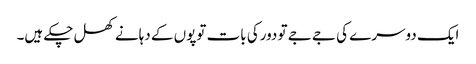
ایک دوسرے کی جے جے تو دورکی بات توپوں کے دہانے کھل چکے ہیں۔